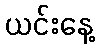
ယင်းနေ့